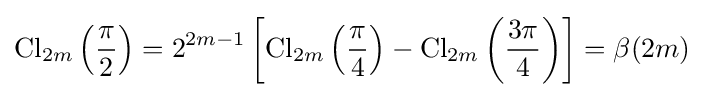
\operatorname {Cl} _{2m}\left({\frac {\pi }{2}}\right)=2^{2m-1}\left[\operatorname {Cl} _{2m}\left({\frac {\pi }{4}}\right)-\operatorname {Cl} _{2m}\left({\frac {3\pi }{4}}\right)\right]=\beta (2m)